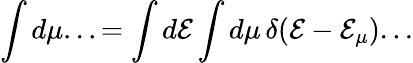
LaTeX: \int d\mu...=\int d\mathcal{E}\int d\mu\, \delta(\mathcal{E}-\mathcal{E}_{\mu})...